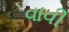
વાવી